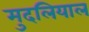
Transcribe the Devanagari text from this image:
मुदलियाल